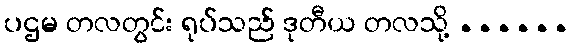
ပဌမ တလတွင်း ရုပ်သည် ဒုတီယ တလသို့ ......